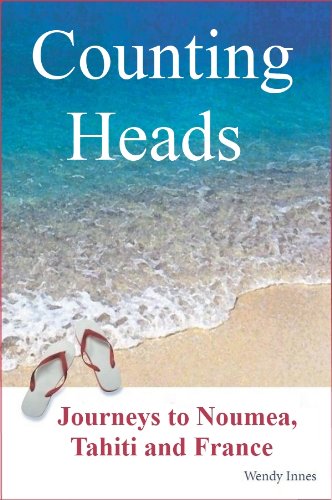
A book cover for Counting Heads - Journeys to Noumea, Tahiti and France; Wendy Innes; Travel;